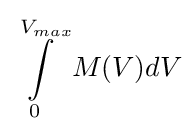
\int \limits _{0}^{V_{max}}M(V)dV